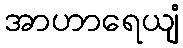
အာဟာရေယျံ